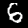
Digit: 6